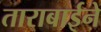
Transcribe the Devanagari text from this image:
ताराबाईने